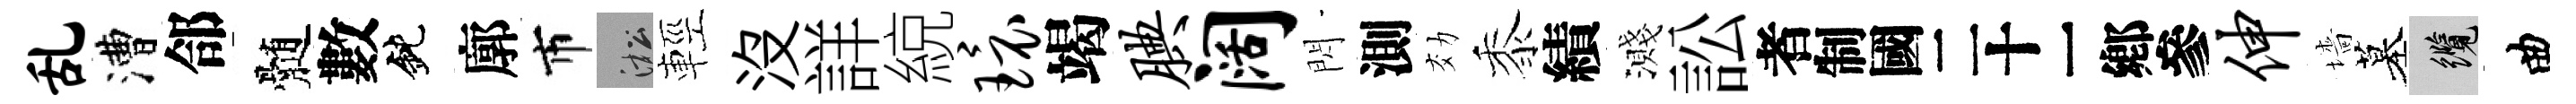
乱漕郃髄數鈍廓市淞輕没詳綂环竭腆阔閃測効黍績濺訟识伸墻墓纜曲